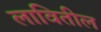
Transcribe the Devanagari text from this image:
लावितील